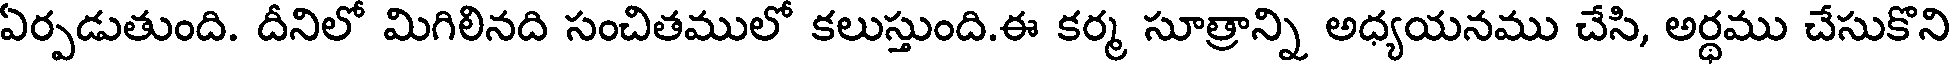
ఏర్పడుతుంది. దీనిలో మిగిలినది సంచితములో కలుస్తుంది.ఈ కర్మ సూత్రాన్ని అధ్యయనము చేసి, అర్ధము చేసుకొని